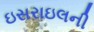
ઇસરાઇલની